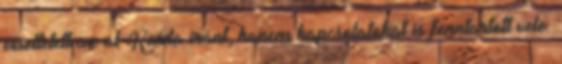
viseltetett az al-Kaida iránt, hanem kapcsolatokat is fenntartott vele.